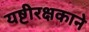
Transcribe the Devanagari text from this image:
यष्टीरक्षकाने